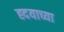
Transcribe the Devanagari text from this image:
ह्दयाच्या